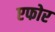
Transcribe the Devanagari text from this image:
एफोर